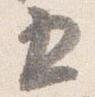
五